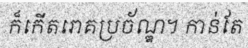
ក៏កើតរោគប្រច័ណ្ឌ។ កាន់តែ